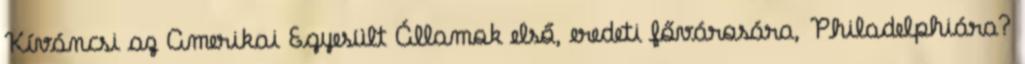
Kíváncsi az Amerikai Egyesült Államok első, eredeti fővárosára, Philadelphiára?